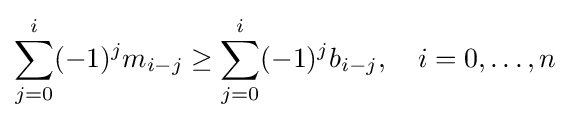
\sum _{j=0}^{i}(-1)^{j}m_{i-j}\geq \sum _{j=0}^{i}(-1)^{j}b_{i-j},\quad i=0,\ldots ,n